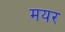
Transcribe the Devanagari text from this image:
मयर